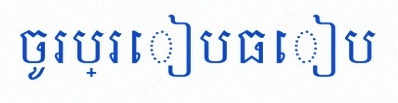
ចូរប្រៀបធៀប